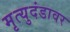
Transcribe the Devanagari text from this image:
मृत्युदंडावर